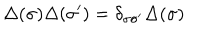
\Delta ( \sigma ) \Delta ( \sigma ^ { \prime } ) = \delta _ { \sigma \sigma ^ { \prime } } \Delta ( \sigma )